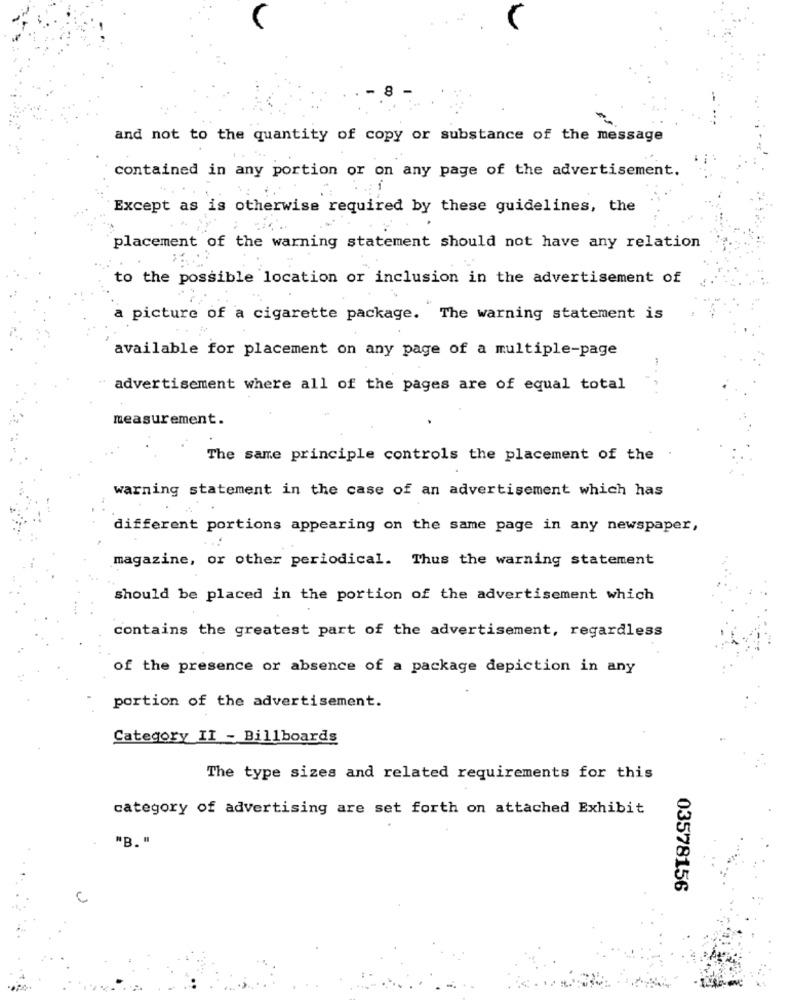
and not to the quantity of copy or substance of the message
contained in any portion or on any page of the advertisement.
Except as is otherwise required by these guidelines, the
placement of the warning statement should not have any relation
to the possible location or inclusion in the advertisement of
a picture of a cigarette package. The warning statement is
available for placement on any page of a multiple-page
" advertisement where all of the pages are of equal total
measurement.
The same principle controls the placement of the
warning statement in the case of an advertisement which has
different portions appearing on the same page in any newspaper,
magazine, or other periodical. Thus the warning statement
should be placed in the portion of the advertisement which
contains the greatest part of the advertisement, regardless
of the presence or absence of a package depiction in any
portion of the advertisement.
Category II - Billboards
The type sizes and related requirements for this
category of advertising are set forth on attached Exhibit
*B. "
03578156